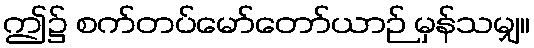
ဤ၌ စက်တပ်မော်တော်ယာဉ် မှန်သမျှ။